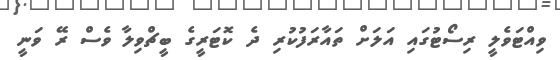
ވިއްޓަވެލީ ރިސޯޓުގައި އަލަށް ތައާރަފުކުރި ދެ ކޮޓަރީގެ ބީޗްވިލާ ވެސް ރޭ ވަނީ